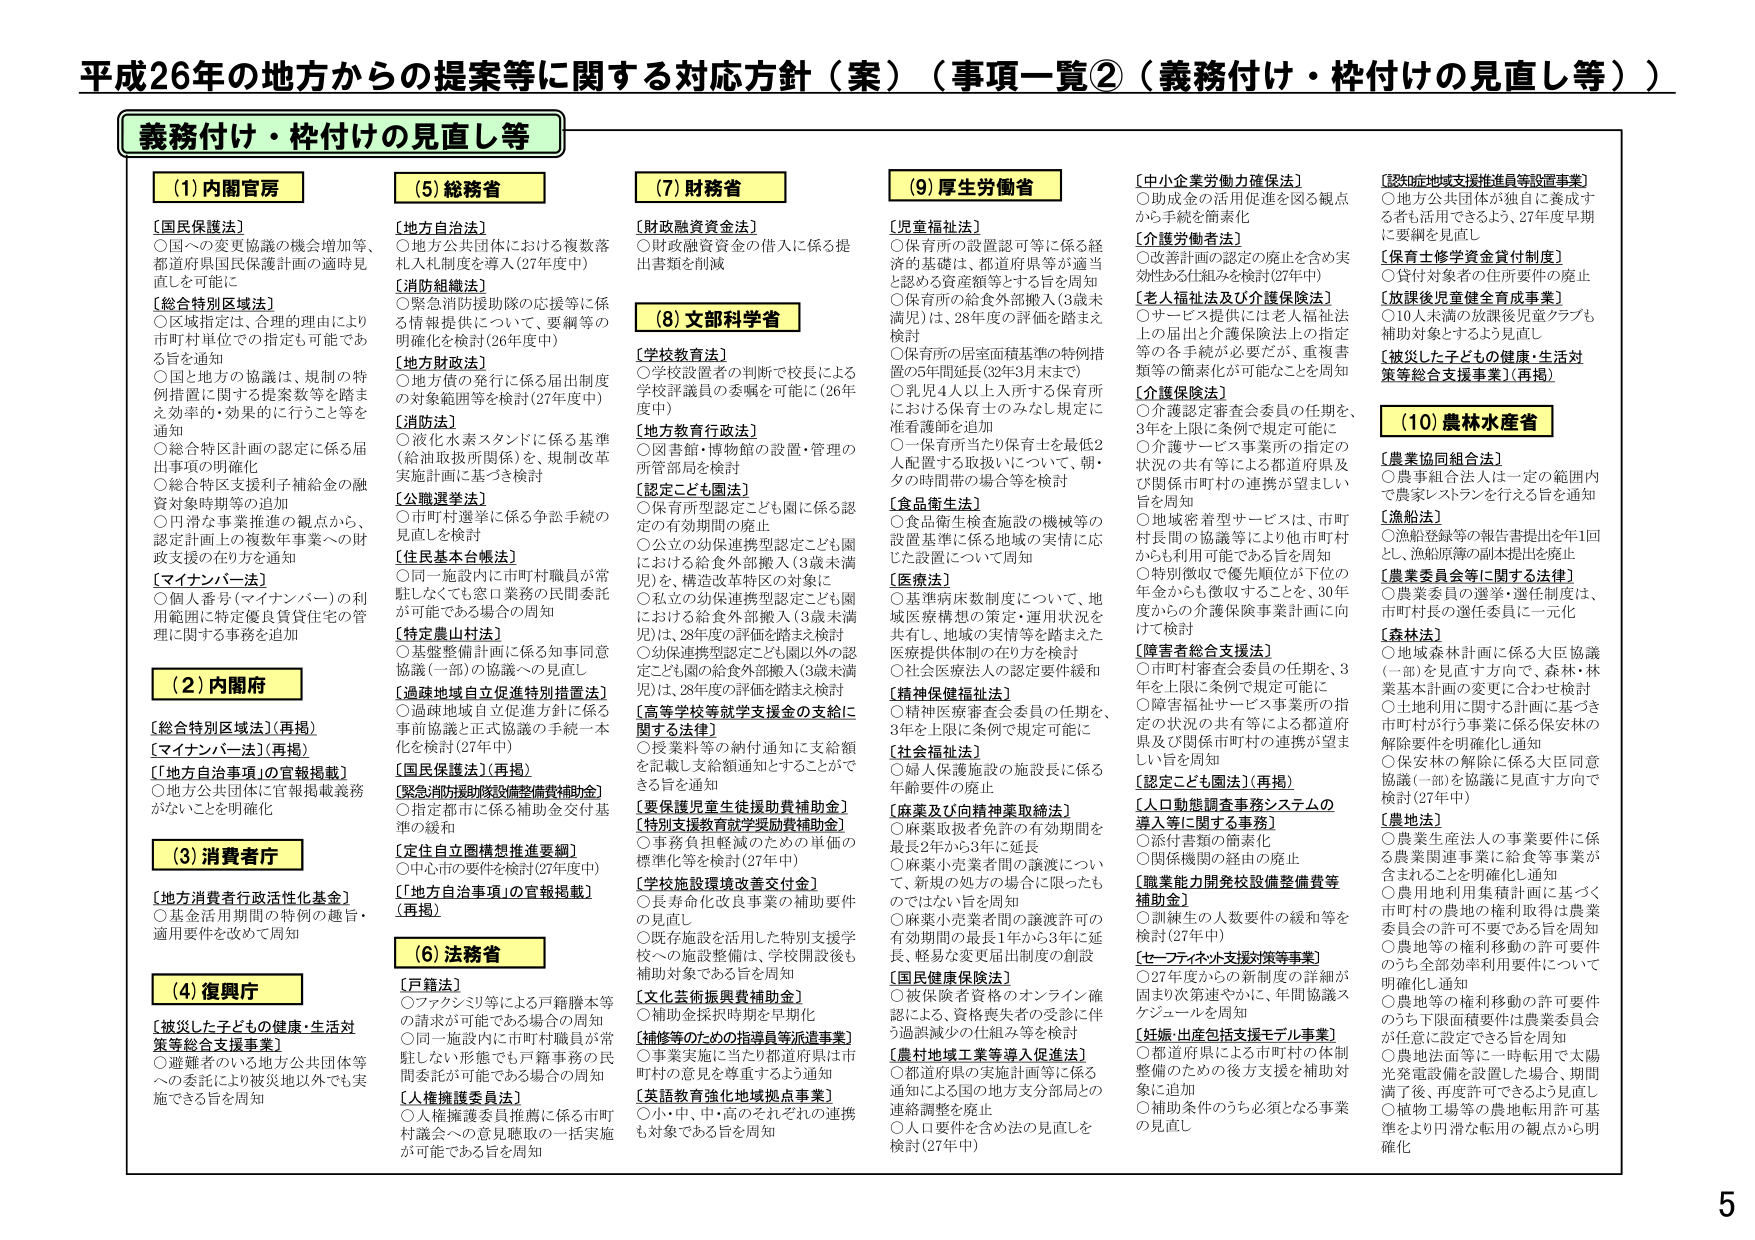
平成26年の地方からの提案等に関する対応方針（案）（事項一覧②（義務付け・枠付けの見直し等））

義務付け・枠付けの見直し等

(1) 内閣官房
【国民保護法】
○国への変更協議の機会増加等、都道府県国民保護計画の適時見直しを可能に
【総合特別区域法】
○区域指定は、合理的理由により市町村単位での指定も可能である旨を通知
○国と地方の協議は、規制の特例措置に関する提案等を踏まえ効率的・効果的に行うこと等を通知
○総合特区計画の認定に係る届出事項の明確化
○総合特区支援利子補給金の融資対象期間等の追加
○円滑な事業推進の観点から、認定計画上の複数年事業への財政支援の在り方を通知
【マイナンバー法】
○個人番号（マイナンバー）の利用範囲に特定優良貸付住宅の管理に関する事務を追加

(2) 内閣府
【総合特別区域法】（再掲）
【マイナンバー法】（再掲）
【地方自治事項」の官報掲載】
○地方公共団体に官報掲載義務がないことを明確化

(3) 消費者庁
【地方消費者行政活性化基金】
○基金活用期間の特例の趣旨・適用要件を改めて周知

(4) 復興庁
【被災した子どもの健康・生活対策等総合支援事業】
○避難者のいる地方公共団体等への委託により被災地以外でも実施できる旨を周知

(5) 総務省
【地方自治法】
○地方公共団体における複数落札入札制度を導入（27年度中）
【消防組織法】
○緊急消防援助隊の応援等に係る情報提供について、要綱等の明確化を検討（26年度中）
【地方財政法】
○地方債の発行に係る届出制度の対象範囲等を検討（27年度中）
【消防法】
○液化水素スタンドに係る基準（給油取扱所関係）を、規制改革実施計画に基づき検討
【公職選挙法】
○市町村選挙に係る争訟手続の見直しを検討
【住民基本台帳法】
○同一施設内に市町村職員が常駐しなくても窓口業務の民間委託が可能である場合の周知
【特定農山村法】
○基盤整備計画に係る知事同意協議（一部）の協議への見直し
【過疎地域自立促進特別措置法】
○過疎地域自立促進方針に係る事前協議と正式協議の手続一本化を検討（27年中）
【国民保護法】（再掲）
【緊急消防援助隊設備整備費補助金】
○指定都市に係る補助金交付基準の緩和
【定住自立圏構想推進要綱】
○中心市への要件を検討（27年度中）
【地方自治事項」の官報掲載】
（再掲）

(6) 法務省
【戸籍法】
○ファクシミリ等による戸籍謄本等の請求が可能である場合の周知
○同一施設内に市町村職員が常駐しない形態でも行事務の民間委託が可能である場合の周知
【人権擁護委員法】
○人権擁護委員推薦に係る市町村議会への意見聴取の一括実施が可能である旨を周知

(7) 財務省
【財政融資資金法】
○財政融資資金の借入に係る提出書類を削減

(8) 文部科学省
【学校教育法】
○学校設置者の判断で校長による学校評議員の委嘱を可能に（26年度中）
【地方教育行政法】
○図書館・博物館の設置・管理の所管部局の検討
【認定こども園法】
○保育所型認定こども園に係る認定の有効期間の廃止
○公立の幼保連携型認定こども園における給食外部搬入（3歳未満児）、構造改革特区の対象に
○私立の幼保連携型認定こども園における給食外部搬入（3歳未満児）は、28年度の評価を踏まえ検討
○幼保連携型認定こども園以外の認定こども園の給食外部搬入（3歳未満児）は、28年度の評価を踏まえ検討
【高等学校等就学支援金の支給に関する法律】
○授業料等の納付通知に支給額を記載し支給額通知とすることがでる旨を通知
【要保護児童生徒援助費補助金】
【特別支援教育就学援助費補助金】
○事務負担軽減のための単価の標準化等を検討（27年中）
【学校施設環境改善交付金】
○長寿老化改良事業の補助要件の見直し
○既存施設を活用した特別支援学校への施設整備は、学校開設後も補助対象である旨を周知
【文化芸術振興費補助金】
○補助金採択時期を早期化
【補修等のための指導員等派遣事業】
○事業実施に当たり都道府県は市町村の意見を尊重するよう通知
【英語教育強化地域拠点事業】
○小・中・高のそれぞれの連携も対象である旨を周知

(9) 厚生労働省
【児童福祉法】
○保育所の設置認可等に係る経済的基礎は、都道府県等が適当と認める資産額等とする旨を周知
○保育所の給食外部搬入（3歳未満児）は、28年度の評価を踏まえ検討
○保育所の居室面積基準の特例措置の5年間延長（32年3月末まで）
○乳児4人以上入所する保育所における保育士のみなし規定に准看護師を追加
○一保育所当たり保育士を最低2人配置する取扱いについて、朝・夕の時間帯の場合等を検討
【食品衛生法】
○食品衛生検査施設の機械等の設置基準に係る地域の実情に応じた設置について周知
【医療法】
○基準病床数制度について、地域医療構想の策定・運用状況を共有し、地域の実情等を踏まえた医療提供体制の在り方を検討
○社会医療法人の認定要件緩和
【精神保健福祉法】
○精神医療審査会委員の任期を、3年を上限に条例で規定可能に
【社会福祉法】
○婦人保護施設の施設長に係る年齢要件の廃止
【麻薬及び向精神薬取締法】
○麻薬取扱者免許の有効期間を最長2年から3年に延長
○麻薬小売業者間の譲渡について、新規の処方の場合一限ったものではない旨を周知
○麻薬小売業者間の譲渡許可の有効期間の最長1年から3年に延長、軽易な変更届出制度の創設
【国民健康保険法】
○被保険者資格のオンライン確認による、資格喪失者の受診に伴う過誤減少の仕組み等を検討
【農村地域工業等導入促進法】
○都道府県の実施計画等に係る通知による国の地方支分部局との連絡調整を廃止
○人口要件を含め法の見直しを検討（27年中）

【中小企業労働力確保法】
○助成金の活用促進を図る観点から手続を簡素化
【介護労働者法】
○改善計画の認定の廃止を含め実効性ある仕組みを検討（27年中）
【老人福祉法及び介護保険法】
○サービス提供には老人福祉法上の届出と介護保険法上の指定等の各手続が必要だが、重複書類等の簡素化が可能なことを周知
【介護保険法】
○介護認定審査会委員の任期を、3年を上限に条例で規定可能に
○介護サービス事業所の指定の状況の共有等による都道府県及び関係市町村の連携が望ましい旨を周知
○地域密着型サービスは、市町村長間の協議等により他市町村からも利用可能である旨を周知
○特別徴収で優先順位が下位の年金からも徴収することを、30年度からの介護保険事業計画に向けて検討
【障害者総合支援法】
○市町村審査会委員の任期を、3年を上限に条例で規定可能に
○障害福祉サービス事業所の指定の状況の共有等による都道府県及び関係市町村の連携が望ましい旨を周知
【認定こども園法】（再掲）
【入力動態調査事務システムの導入等に関する事務】
○添付書類の簡素化
○関係機関の経由の廃止
【職業能力開発校設備整備費等補助金】
○訓練生の人数要件の緩和等を検討（27年中）
【セーフティネット支援対策等事業】
○27年度からの新制度の詳細が固まり次第速やかに、年間協議スケジュールを周知
【妊娠・出産包括支援モデル事業】
○都道府県による市町村の体制整備のための後方支援を補助対象に追加
○補助条件のうち必須となる事業の見直し

(10) 農林水産省
【農業協同組合法】
○農事組合法人は一定の範囲内で農業レストランを行う旨を通知
【漁業法】
○漁船登録等の報告書提出を年1回とし、漁船原簿の副本提出を廃止
【農業委員会等に関する法律】
○農業委員の選挙・選任制度は、市町村長の選任委員に一元化
【森林法】
○地域森林計画に係る大臣協議（一部）を見直す方向で、森林・林業基本計画の変更に合わせ検討
○土地利用に関する計画に基づき市町村が行う事業に係る保安林の解除要件を明確化し通知
○保安林の解除に係る大臣同意協議（一部）を協議に見直す方向で検討（27年中）
【農地法】
○農業生産法人の事業要件に係る農業関連事業に給食等事業が含まれることを明確化し通知
○農用地利用集積計画に基づく市町村の農地の権利取得は農業委員会の許可不要である旨を周知
○農地等の権利移動の許可要件のうち全部効率利用要件について明確化し通知
○農地等の権利移動の許可要件のうち下限面積要件は農業委員会が任意に設定できる旨を周知
○農地法面等に一時転用で太陽光発電設備を設置した場合、期間満了後、再度許可できるよう見直し
○植物工場等の農地転用許可基準をより円滑な転用の観点から明確化

5